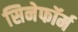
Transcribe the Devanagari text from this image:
सिनेफॉर्म